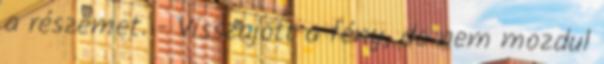
a részemet. - Visszajött a fény, de nem mozdul